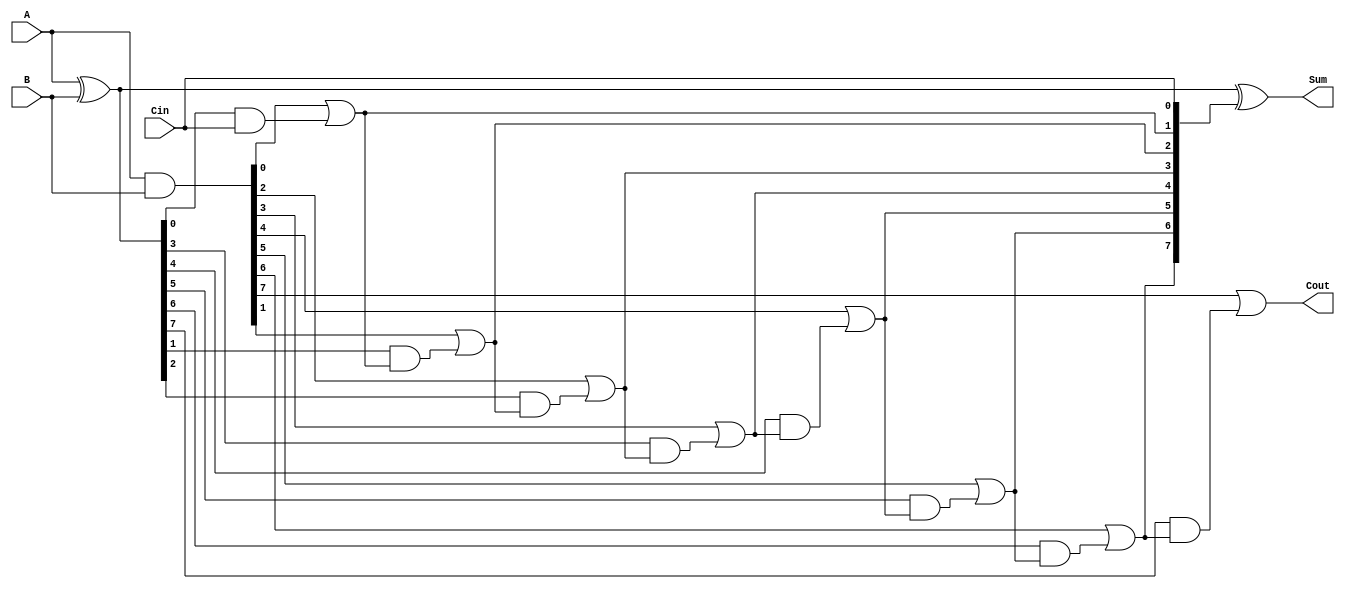
module PrecomputationCarryAdder #(parameter N = 8) (
    input  wire [N-1:0] A,      // First operand
    input  wire [N-1:0] B,      // Second operand
    input  wire Cin,             // Carry-in
    output wire [N-1:0] Sum,     // Sum output
    output wire Cout             // Carry-out
);

    // Generate and propagate signals
    wire [N-1:0] G; // Generate
    wire [N-1:0] P; // Propagate
    wire [N-1:0] C; // Carry

    // Generate and propagate logic
    assign G = A & B;                // G[i] = A[i] AND B[i]
    assign P = A ^ B;                // P[i] = A[i] XOR B[i]

    // Carry generation
    assign C[0] = G[0] | (P[0] & Cin); // Cout[0]
    
    genvar i;
    generate
        for (i = 1; i < N; i = i + 1) begin : carry_gen
            assign C[i] = G[i] | (P[i] & C[i-1]); // Cout[i]
        end
    endgenerate

    // Sum calculation
    assign Sum = A ^ B ^ {C[N-2:0], Cin}; // Sum[i] = A[i] XOR B[i] XOR Cout[i-1]

    // Final carry-out
    assign Cout = C[N-1]; // Carry-out from the most significant bit

endmodule